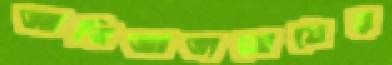
আভিজাত্যবোধের